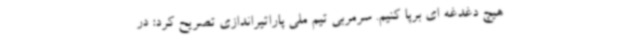
هیچ دغدغه ای برپا کنیم. سرمربی تیم ملی پاراتیراندازی تصریح کرد: در